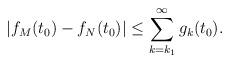
LaTeX: \begin{align*}|f_M(t_0) - f_N(t_0)| \leq \sum_{k = k_1}^\infty g_k(t_0).\end{align*}